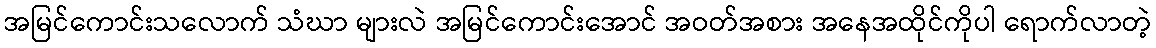
အမြင်ကောင်းသလောက် သံဃာ များလဲ အမြင်ကောင်းအောင် အဝတ်အစား အနေအထိုင်ကိုပါ ရောက်လာတဲ့